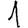
Digit: 1